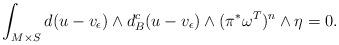
LaTeX: \begin{align*}\int_{M\times S} d(u-v_\epsilon)\wedge d^c_B(u-v_\epsilon)\wedge (\pi^*\omega^T)^n\wedge \eta=0.\end{align*}